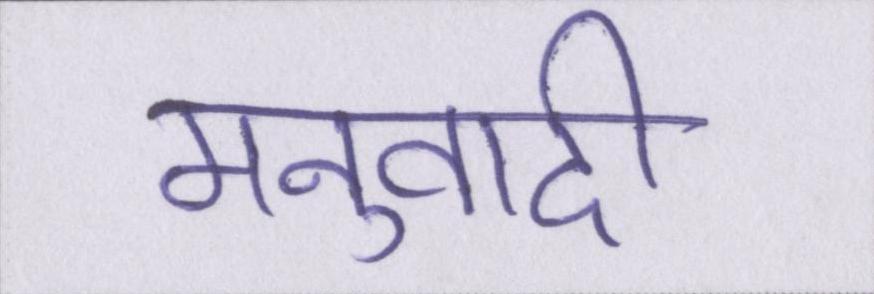
मनुवादी